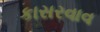
કાસરવાવ